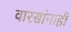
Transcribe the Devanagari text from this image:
वारसांनाही